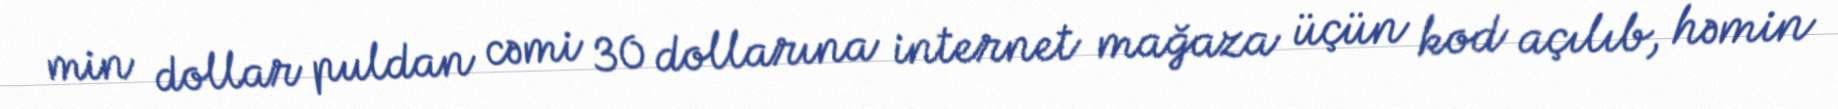
min dollar puldan cəmi 30 dollarına internet mağaza üçün kod açılıb, həmin